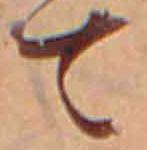
て